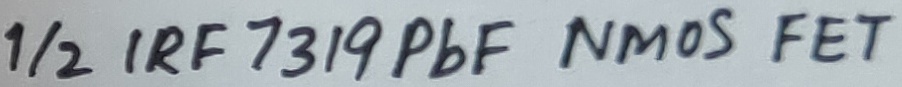
Text: 1/2 IRF 7319PbF NMOS FET